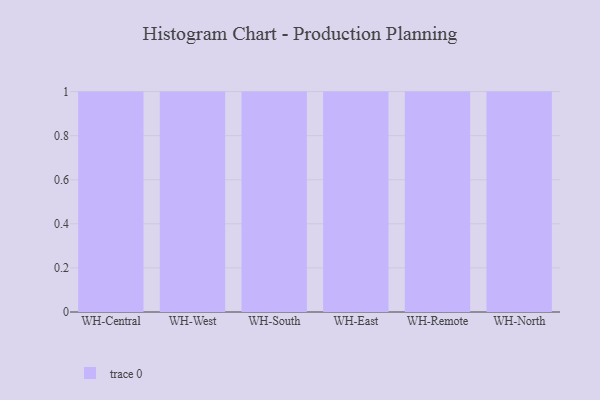
{"axis": {"x": "Warehouse", "y": "Inventory Turnover"}, "legend": [""], "data": [{"x": "WH-Central", "y": 8, "type": ""}, {"x": "WH-West", "y": 40, "type": ""}, {"x": "WH-South", "y": 53, "type": ""}, {"x": "WH-East", "y": 66, "type": ""}, {"x": "WH-Remote", "y": 29, "type": ""}, {"x": "WH-North", "y": 24, "type": ""}]}